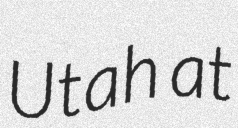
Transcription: Utah at